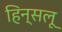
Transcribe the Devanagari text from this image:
हिन्सलू